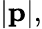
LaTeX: |\mathbf{p}|,